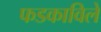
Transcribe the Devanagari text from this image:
फडकाविले